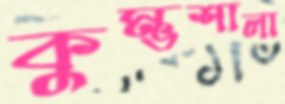
কুম্ভশালা